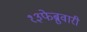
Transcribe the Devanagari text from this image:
१३फेब्रुवारी